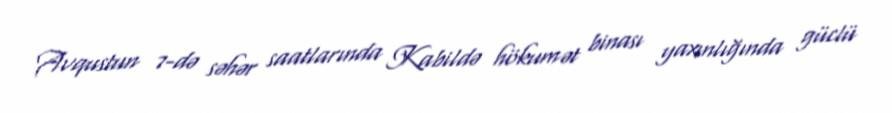
Avqustun 7-də səhər saatlarında Kabildə hökumət binası yaxınlığında güclü